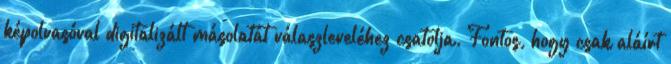
képolvasóval digitalizált másolatát válaszleveléhez csatolja. Fontos, hogy csak aláírt